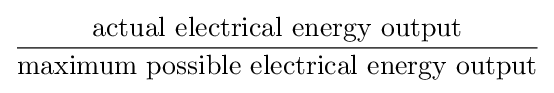
{\frac {\text{actual electrical energy output}}{\text{maximum possible electrical energy output}}}